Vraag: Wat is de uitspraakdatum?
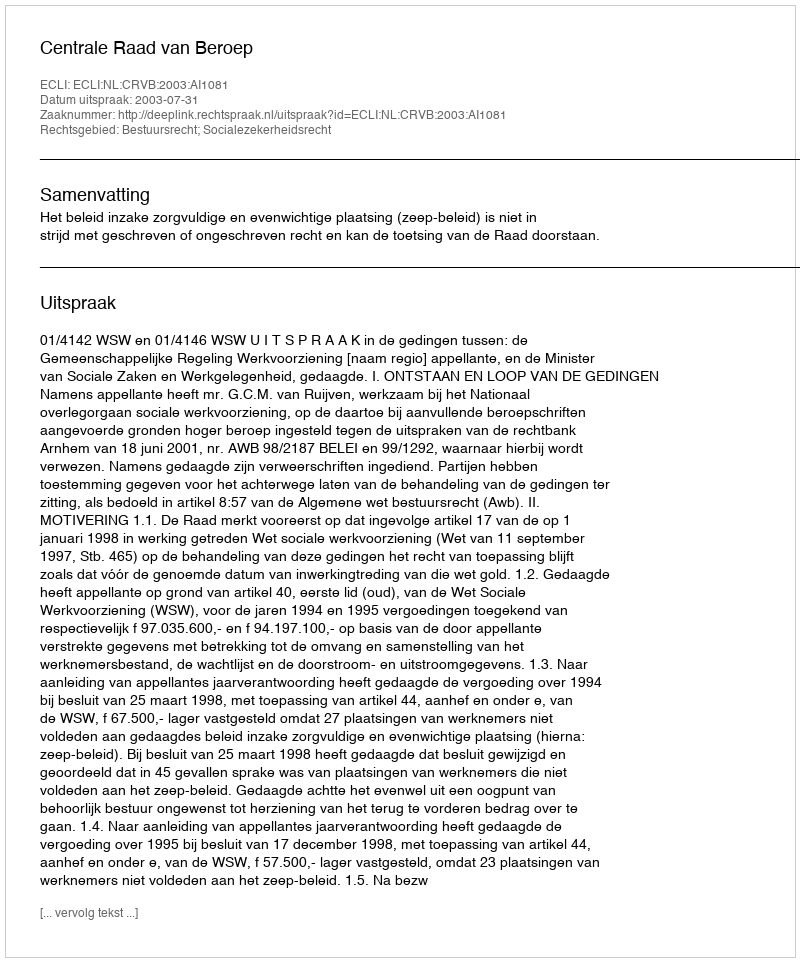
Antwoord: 2003-07-31